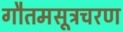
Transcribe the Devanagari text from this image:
गौतमसूत्रचरण